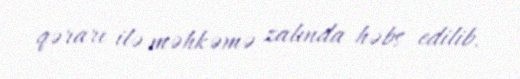
qərarı ilə məhkəmə zalında həbs edilib.